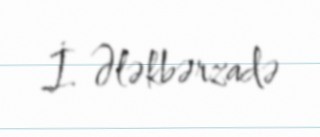
İ. Ələkbərzadə